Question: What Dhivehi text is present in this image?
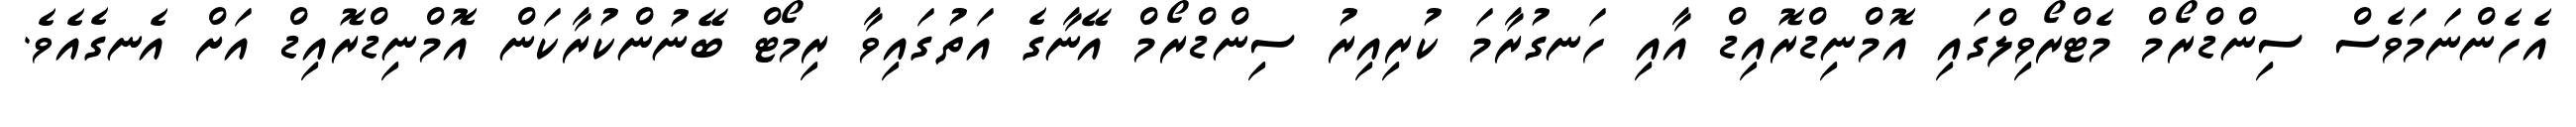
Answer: އެހެންނަމަވެސް ސިންޑްރޯމް މެޓްރޯވިލްގައި އޮމްނިޑްރޮއިޑް އާއި ހަނގުރާމަ ކުރިއިރު ސިންޑްރޯމް އޭނާގެ އަތުގައިވާ ރިމޯޓް ބޭނުންކުރާކަން އޮމްނިޑްރޮއިޑް އަށް އެނގެއެވެ.